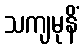
သကျမုနိံ